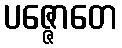
ပဇ္ဇောတေ